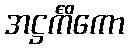
အဋ္ဌင်္ကိကော